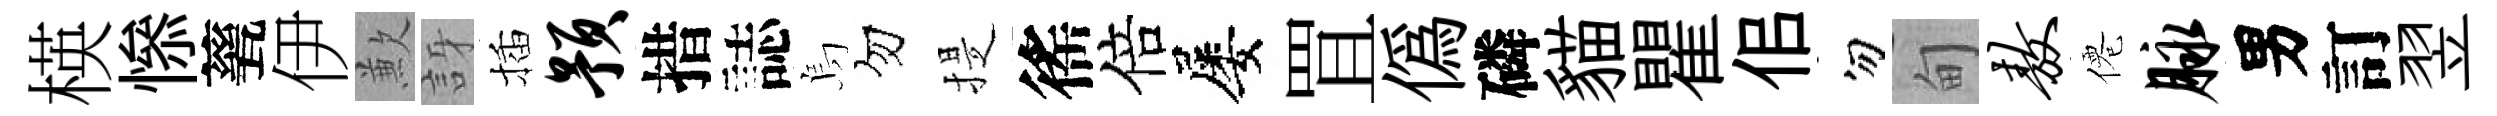
楧𢡖甆伊歉訝插预措誌烏勿提徭倍屡罝偽磷貓瞿佀勿甸敖僊脉男訂翌